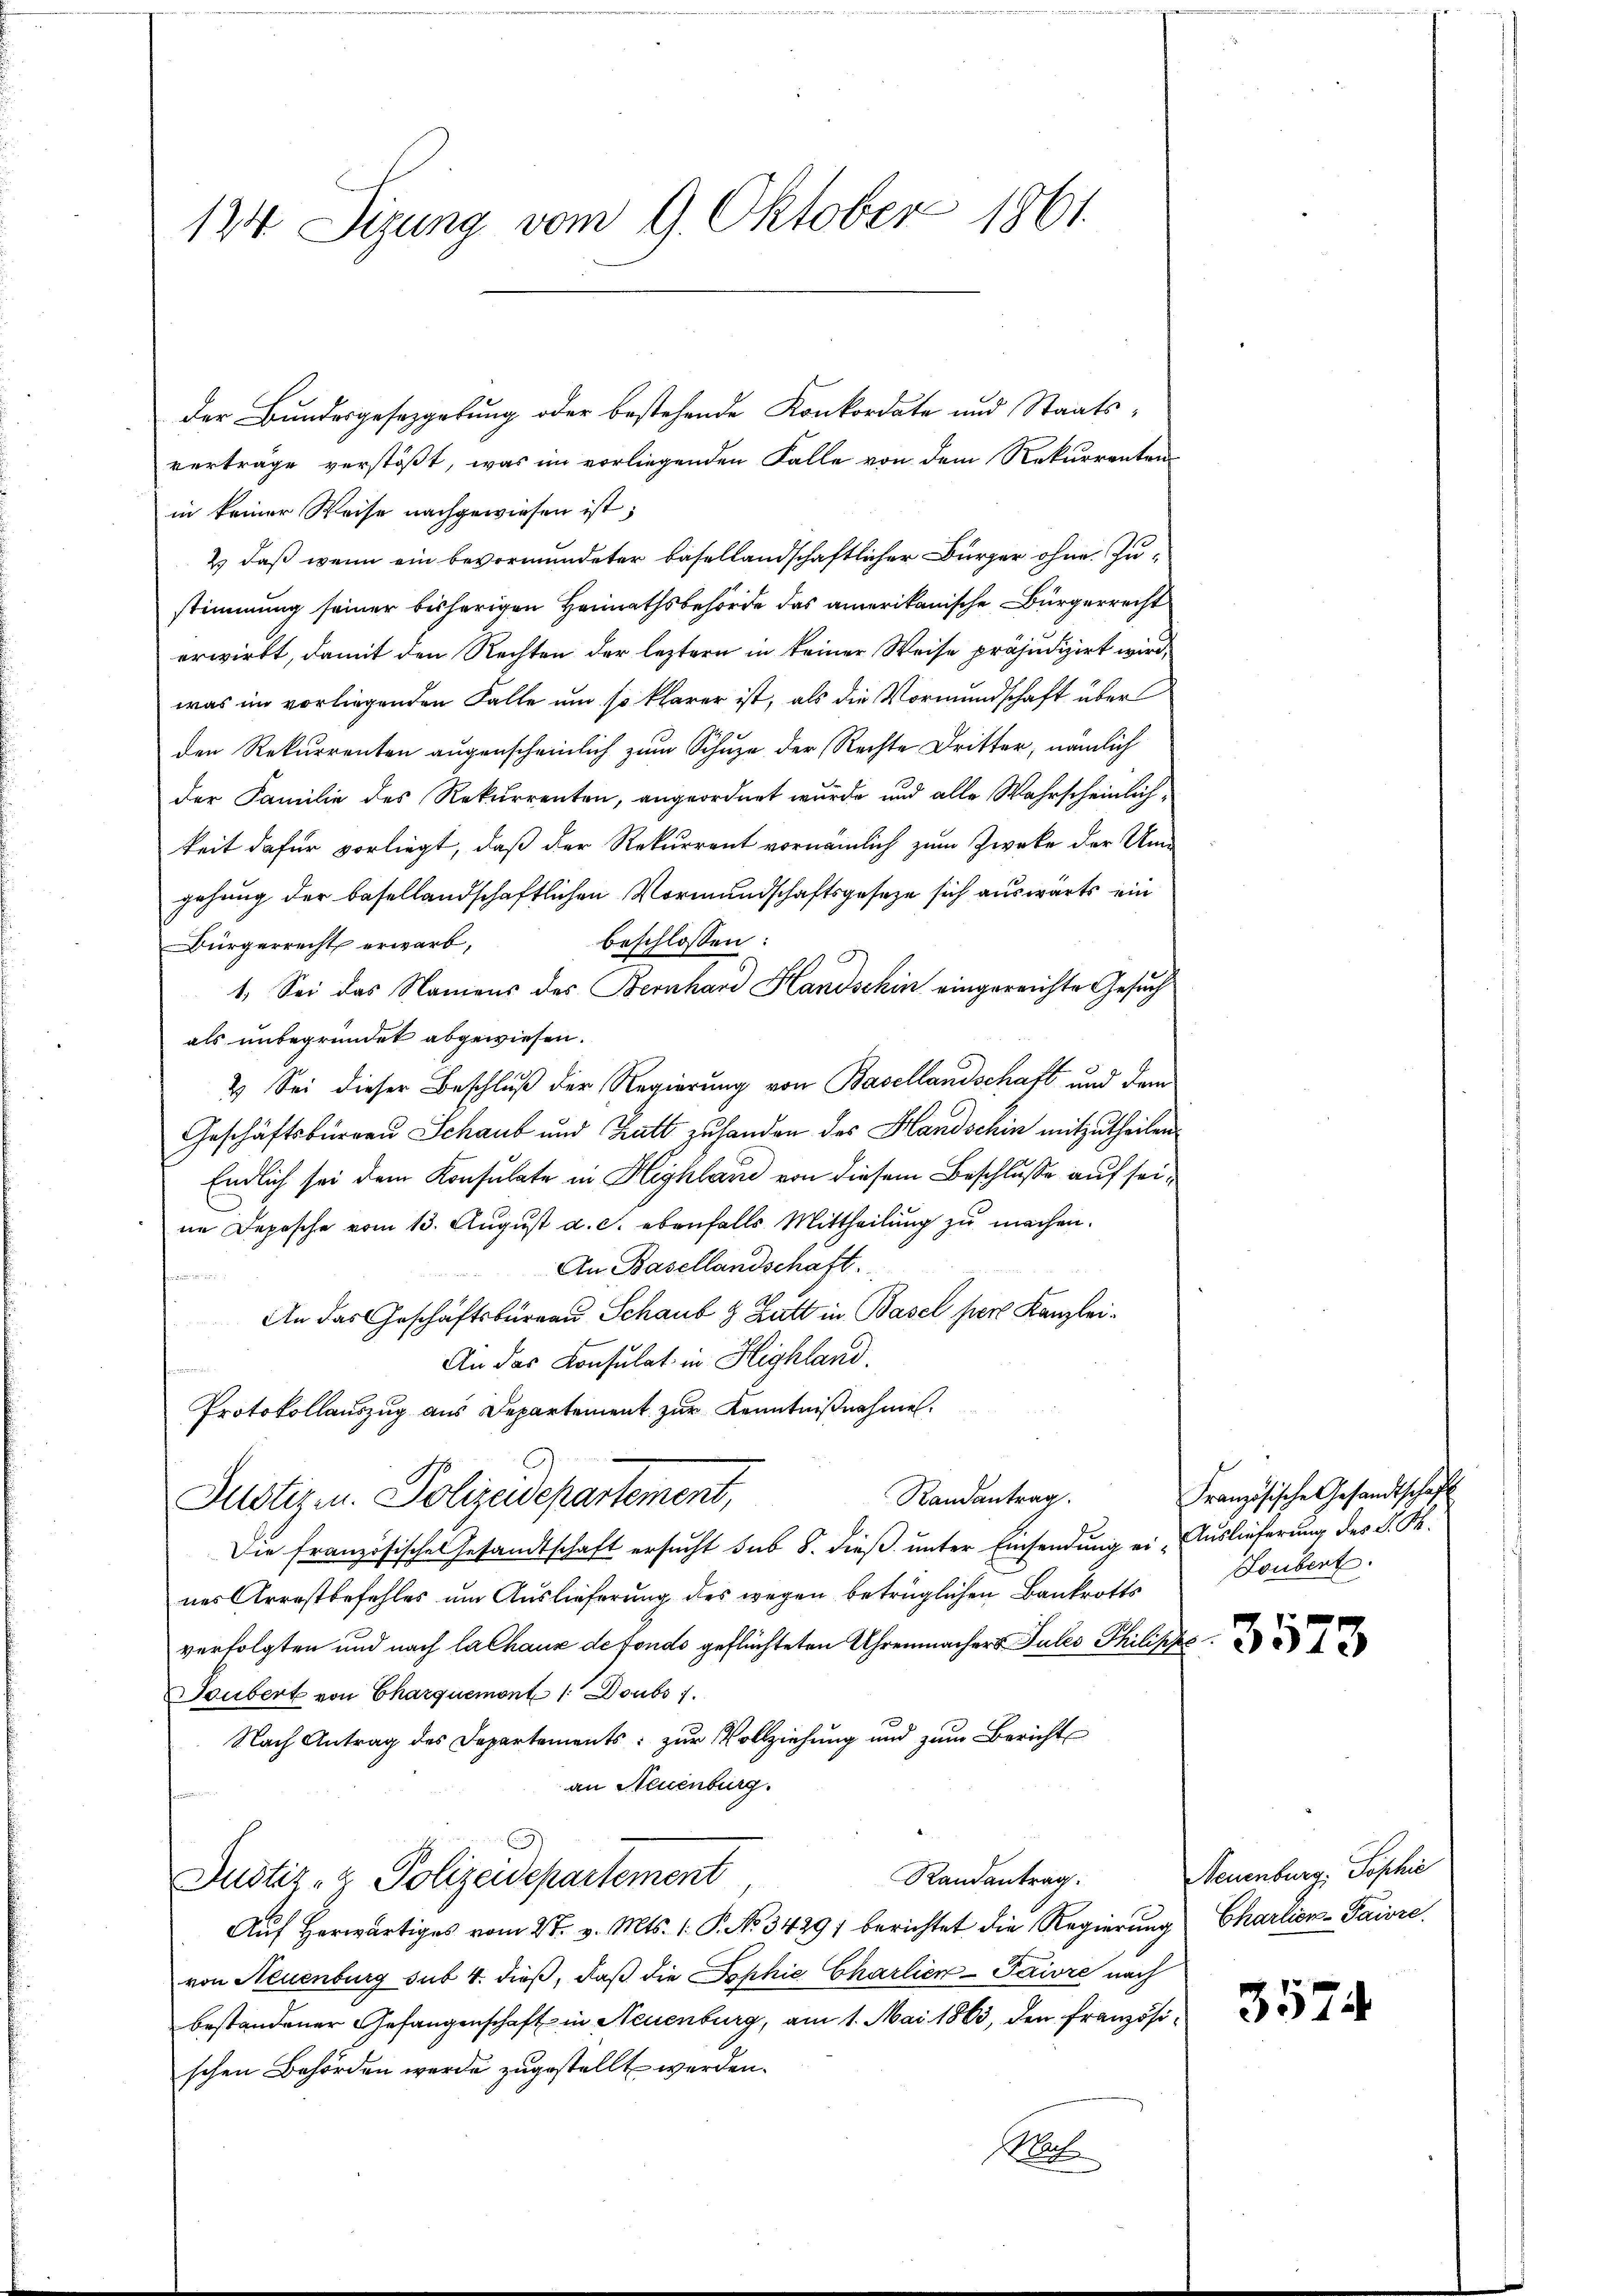
124 Sizung vom 9. Oktober 1861.

Der Bundesgesetzgebung oder bestehende Konkordate und Staats-
verträge verstößt, was im vorliegenden Falle von dem Rekurrenten
in keiner Weise nachgewiesen ist;
2.) daß wenn ein bevormundeter basellandschaftlicher Bürger ohne Zustimmung seiner bisherigen Heimathsbehörde das amerikanische Bürgerrecht
erwirkt, damit den Rechten der leztern in keiner Weise präjudizirt wird,
was im vorliegenden Falle um so klarer ist, als die Vormundschaft über
den Rekurrenten augenscheinlich zum Schuze der Rechte Dritter, nämlich
der Familie des Rekurrenten, angeordnet wurde und alle Wahrscheinlichkeit dafür vorliegt, daß der Rekurrent vornämlich zum Zwecke der Umgehung der basellandschaftlichen Vormundschaftsgesetze sich auswärts ein
beschlossen:
Bürgerrecht erwarb,
1. Sei das Namens des Bernhard Handschin eingereichte Gesuch
als unbegründet abgewiesen.
2.) Sei dieser Beschluß der Regierung von Basellandschaft und dem
Geschäftsbürgen Schaub und Tratt zu handen des Handschin mitzutheilen.
Endlich sei dem Konsulate in Highland von diesem Beschlusse auf seine Depesche vom 13. August a. c. ebenfalls Mittheilung zu machen.
An Basellandschaft.
un
An das Geschäftsbüreau Schaub & Zutt in Basel pers Kanzlei-
An das Konsulat in Highland.
Protokollauszug aus Departement zur Kenntnißnahme
Randantrag.
Justiz u. Polizeidepartement,
Die französisches Gesandtschaft ersucht sub 8. dieß unter Einsendung ein Auslieferung des J. F.
nes Arrestbefehles um Auslieferung des wegen betrüglichen Bankrotts
verfolgten und nach la Chaus de fondo geflüchteten Uhrenmacher Sules Philischs
Seubert von Charquemont 1 Doubs 1.
Nach Antrag des Departaments: zur Vollziehung und zum Bericht
an Neuenburg.
Randantrag.
Justiz- & Polizeidepartement
Auf herwärtiges vom 27. v. Mts. 1. P. No 3429) berichtet die Regierung Charlien-Paire.
von Neuenburg sub 4. dieß, daß die Sophie Charlier-Paivre nach
bestandener Gefangenschaft in Neuenburg, am 1. Mai 1863, den französischen Behörden werde zugestellt werden.
Klet

Französische Gesandtschaft
Loubert

Neuenburg, Sophie

3574